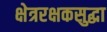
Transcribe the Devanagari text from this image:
क्षेत्ररक्षकसुद्धा